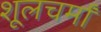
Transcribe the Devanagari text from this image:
शूलचर्मां